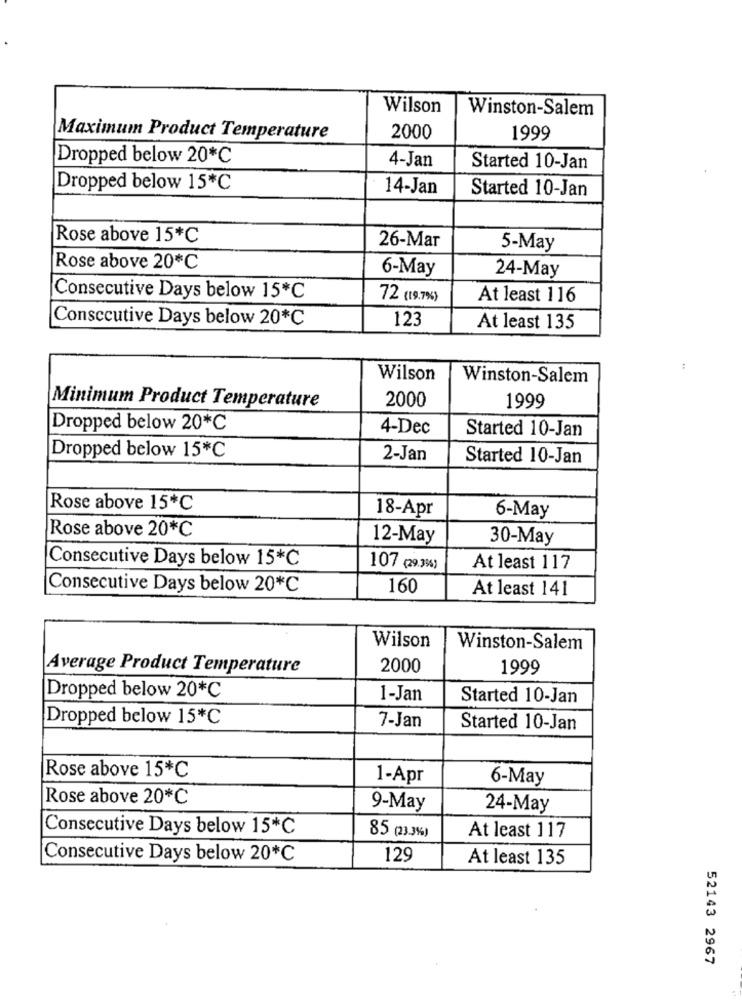
Wilson
Winston-Salem
Maximum Product Temperature
2000
1999
Dropped below 20*C
4-Jan
Started 10-Jan
Dropped below 15*C
14-Jan
Started 10-Jan
Rose above 15*℃
26-Mar
5-May
Rose above 20*C
6-May
24-May
Consecutive Days below 15*℃
72 (19.7%)
At least 116
Consecutive Days below 20*C
123
At least 135
:
Wilson
Winston-Salem
Minimum Product Temperature
2000
1999
Dropped below 20*C
4-Dec
Started 10-Jan
Dropped below 15*C
2-Jan
Started 10-Jan
Rose above 15*℃
18-Apr
6-May
Rose above 20*℃
12-May
30-May
Consecutive Days below 15*C
107 (29.3%)
At least 117
Consecutive Days below 20*C
160
At least 141
Wilson
Winston-Salem
Average Product Temperature
2000
1999
Dropped below 20*C
1-Jan
Started 10-Jan
Dropped below 15*C
7-Jan
Started 10-Jan
Rose above 15*C
1-Apr
6-May
Rose above 20*C
9-May
24-May
Consecutive Days below 15*C
85 (23.3%%)
At least 117
Consecutive Days below 20*C
129
At least 135
52143 2967